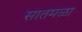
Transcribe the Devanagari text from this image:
सातमळा